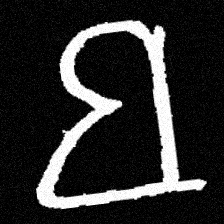
Pyu character \u2014 Myanmar letter: ဗ (romanized: ba)